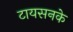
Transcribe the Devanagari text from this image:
टायसनके